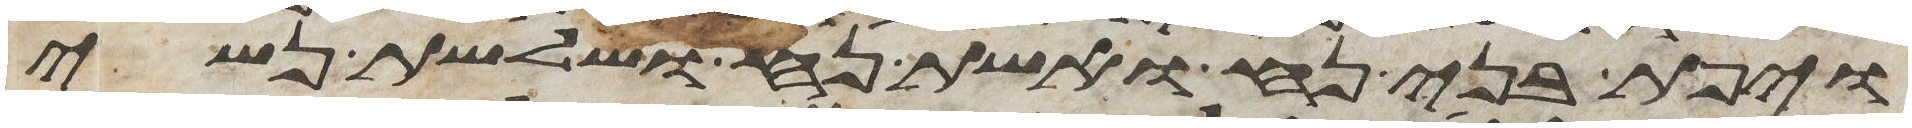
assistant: ויפת בני נח ואשת נח ושלשת נשי